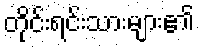
တိုင်းရင်းသားများ၏